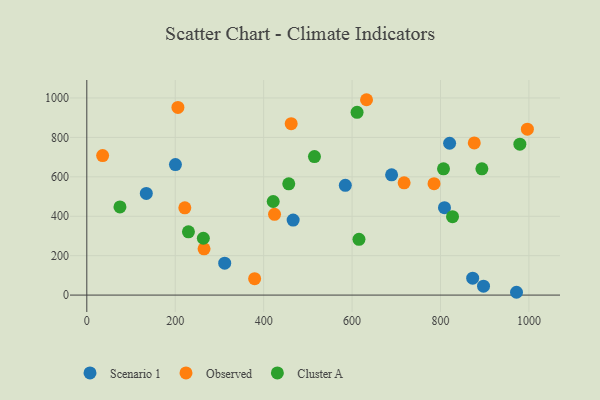
{"axis": {"x": "Investment", "y": "Yield"}, "legend": ["Cluster A", "Observed", "Scenario 1"], "data": [{"x": "872.8", "y": 86.0, "type": "Scenario 1"}, {"x": "809.0", "y": 443.6, "type": "Scenario 1"}, {"x": "971.9", "y": 14.3, "type": "Scenario 1"}, {"x": "820.6", "y": 770.3, "type": "Scenario 1"}, {"x": "584.7", "y": 557.1, "type": "Scenario 1"}, {"x": "311.9", "y": 162.0, "type": "Scenario 1"}, {"x": "897.3", "y": 45.2, "type": "Scenario 1"}, {"x": "689.4", "y": 610.2, "type": "Scenario 1"}, {"x": "200.5", "y": 662.0, "type": "Scenario 1"}, {"x": "134.6", "y": 516.0, "type": "Scenario 1"}, {"x": "466.7", "y": 380.5, "type": "Scenario 1"}, {"x": "717.7", "y": 569.6, "type": "Observed"}, {"x": "221.7", "y": 442.8, "type": "Observed"}, {"x": "379.6", "y": 83.5, "type": "Observed"}, {"x": "462.3", "y": 869.8, "type": "Observed"}, {"x": "996.5", "y": 842.0, "type": "Observed"}, {"x": "632.7", "y": 991.2, "type": "Observed"}, {"x": "424.6", "y": 409.7, "type": "Observed"}, {"x": "265.2", "y": 234.5, "type": "Observed"}, {"x": "206.1", "y": 952.3, "type": "Observed"}, {"x": "785.4", "y": 565.5, "type": "Observed"}, {"x": "876.4", "y": 771.8, "type": "Observed"}, {"x": "35.8", "y": 707.8, "type": "Observed"}, {"x": "611.3", "y": 927.4, "type": "Cluster A"}, {"x": "456.8", "y": 564.7, "type": "Cluster A"}, {"x": "806.8", "y": 640.6, "type": "Cluster A"}, {"x": "421.6", "y": 474.9, "type": "Cluster A"}, {"x": "514.9", "y": 702.7, "type": "Cluster A"}, {"x": "979.5", "y": 765.5, "type": "Cluster A"}, {"x": "75.0", "y": 447.2, "type": "Cluster A"}, {"x": "229.9", "y": 321.2, "type": "Cluster A"}, {"x": "615.6", "y": 282.9, "type": "Cluster A"}, {"x": "827.2", "y": 397.9, "type": "Cluster A"}, {"x": "263.6", "y": 288.4, "type": "Cluster A"}, {"x": "893.6", "y": 640.6, "type": "Cluster A"}]}